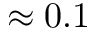
\approx 0 . 1